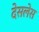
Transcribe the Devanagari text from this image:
देसलेस